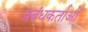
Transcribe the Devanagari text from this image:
प्रबंधकर्ताओं